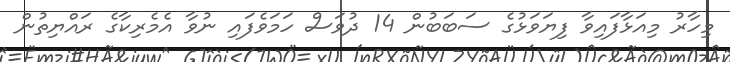
މިހާރު މިއަޅާފައިވާ ފިޔަވަޅުގެ ސަބަބުން 14 ދުވަސް ހަމަވެފައި ނުވާ އެމެރިކާގެ ރައްޔިތުން